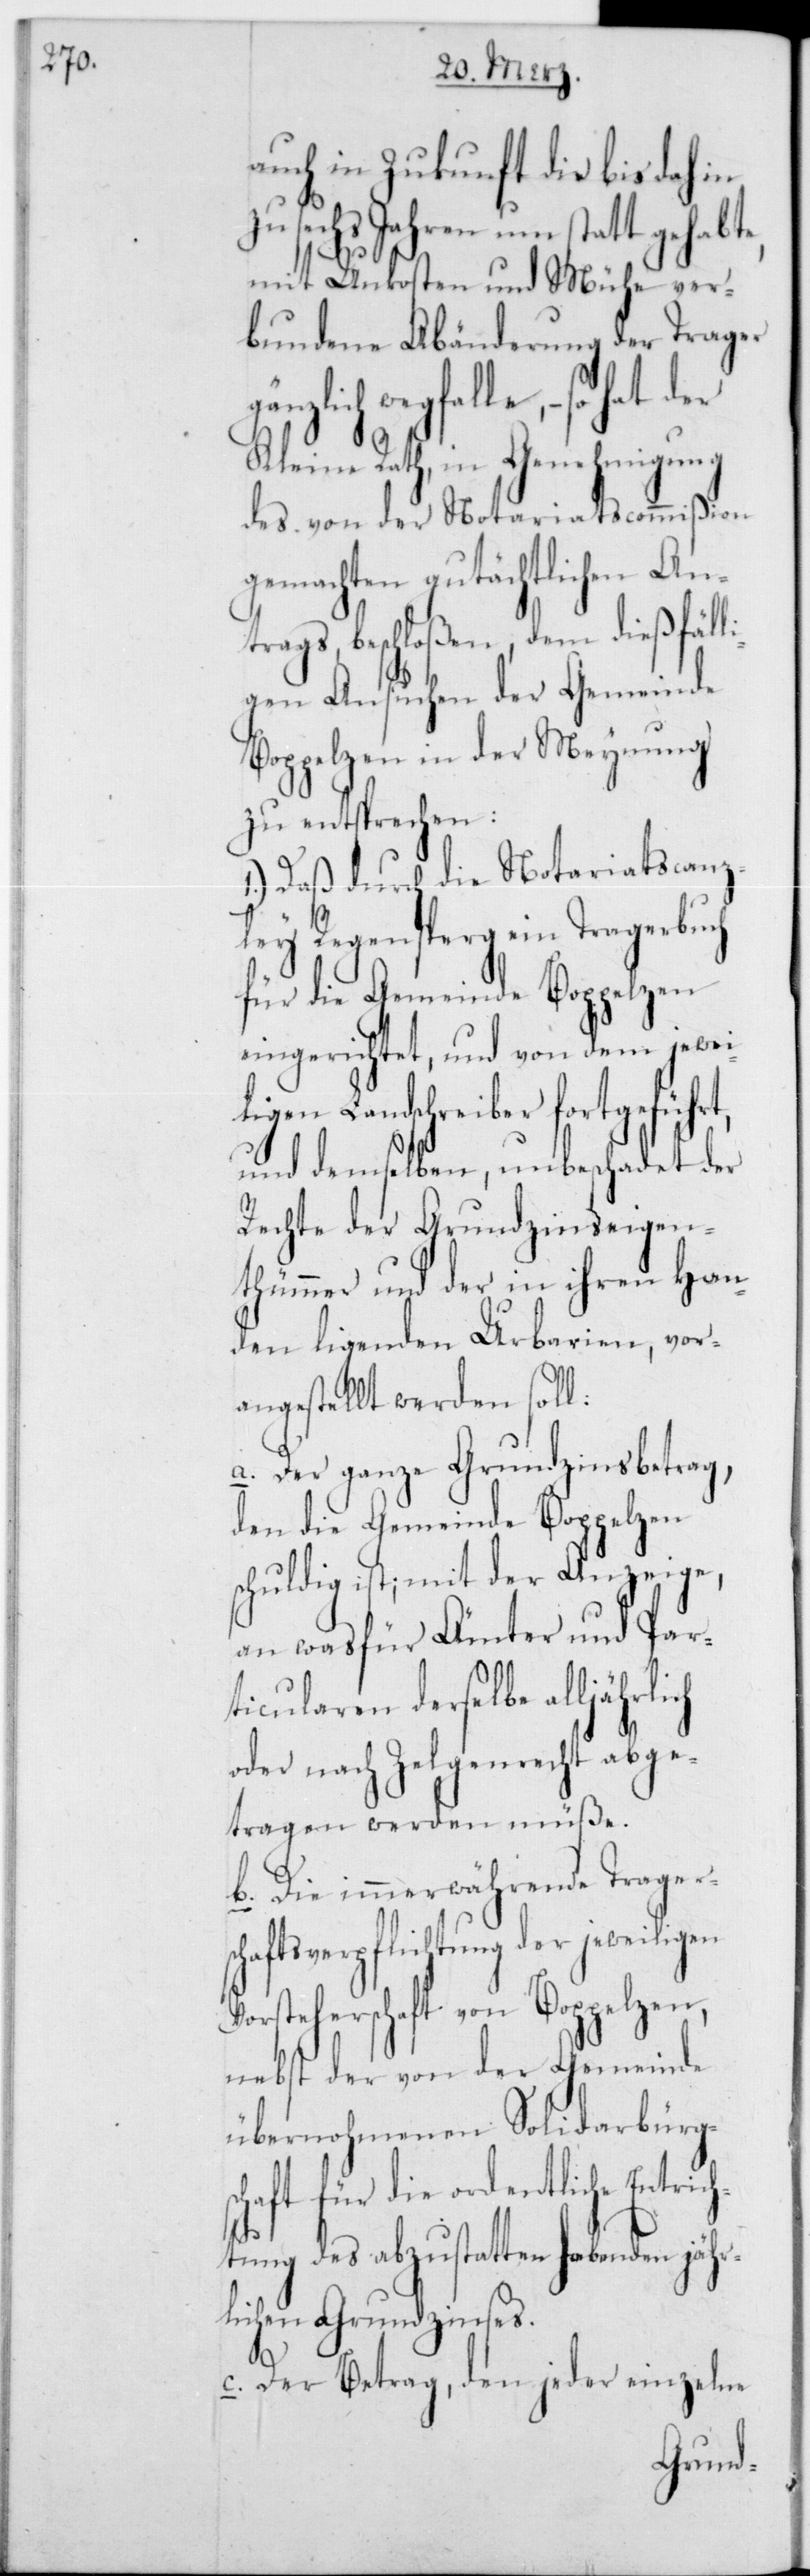
auch in Zukunft die bis dahin
zu sechs Jahren um statt gehabte,
iligen
mit Unkosten und Mühe ver¬
bundene Abänderung der Trager
wegfalle, – so hat der
Kleine Rath, in Genehmigung
des von der Notariatscommißion
gemachten gutächtlichen An¬
trags beschloßen, dem dießfäll¬
igen Ansuchen der Gemeinde
Boppelzen in der Meynung
zu entsprechen:
1.) Dass durch die Notariatscanz¬
ley Regensperg ein Tragerbuch
für die Gemeinde Boppelzen
eingerichtet, und von dem jewei¬
ligen Landschreiber fortgeführt,
und demselben, unbeschadet der
Rechte der Grundzinseigen¬
thümmer und der in ihren Han¬
den liegenden Urbarien, vor¬
angestellt werden soll:
a. Der ganze Grundzinsbetrag,
den die Gemeinde Boppelzen
schuldig ist; mit der Anzeige,
an was für Ämter und Par¬
ticularen derselbe alljähr¬
oder nach Zelgenrecht abge¬
tragen werden müße.
b. Die immerwährende Tragersc¬
haftsverpflichtung der jewe¬
Vorsteherschaft von Boppelzen,
nebst der von der Gemeinde
übernohmenen Solidarbürg¬
schaft für die ordentliche Entrich¬
tung des abzustatten habenden jähr¬
lichen Grundzinses.
c. Der Betrag, den jeder einzelne